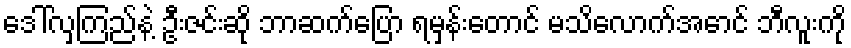
ဒေါ်လှကြည်နဲ့ ဦးဇင်းဆို ဘာဆက်ပြော ရမှန်းတောင် မသိလောက်အောင် ဘီလူးကို